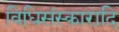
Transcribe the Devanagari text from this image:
विधिसंस्कारादि